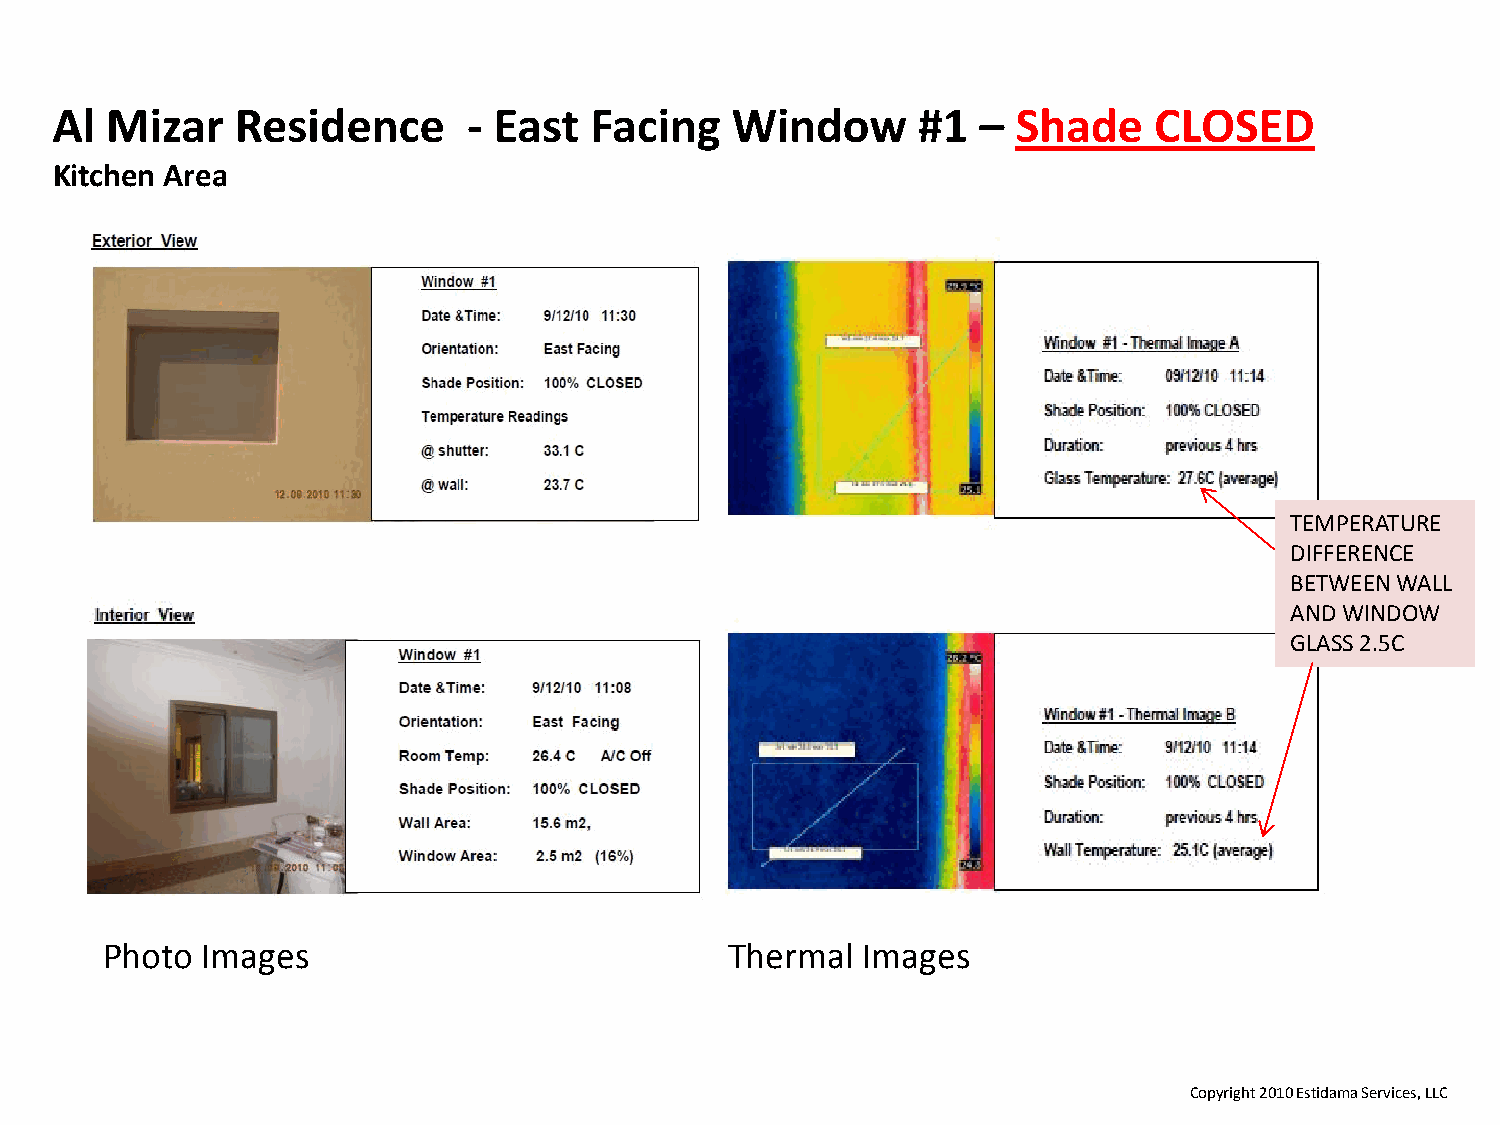
Al  Mizar    Residence      - East  Facing   Window       #1  – Shade    CLOSED
 Kitchen Area
 TEMPERATURE
 DIFFERENCE
 BETWEEN WALL
 AND WINDOW
 GLASS 2.5C
 Photo Images                             Thermal  Images
 Copyright 2010 Estidama Services, LLC